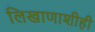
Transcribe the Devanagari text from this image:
लिखाणाशीही